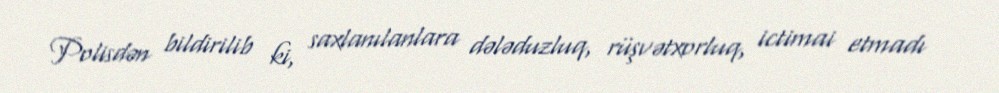
Polisdən bildirilib ki, saxlanılanlara dələduzluq, rüşvətxorluq, ictimai etmadı